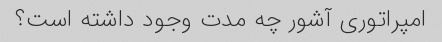
امپراتوری آشور چه مدت وجود داشته است؟